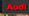
audi